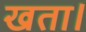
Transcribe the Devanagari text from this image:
खता।